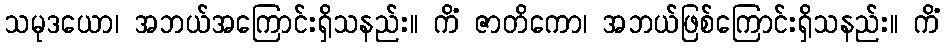
သမုဒယော၊ အဘယ်အကြောင်းရှိသနည်း။ ကိံ ဇာတိကော၊ အဘယ်ဖြစ်ကြောင်းရှိသနည်း။ ကိံ